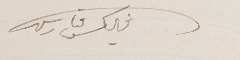
فليكس فارس